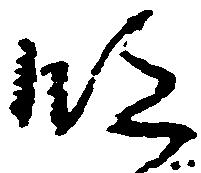
段